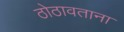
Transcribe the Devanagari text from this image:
ठोठावताना